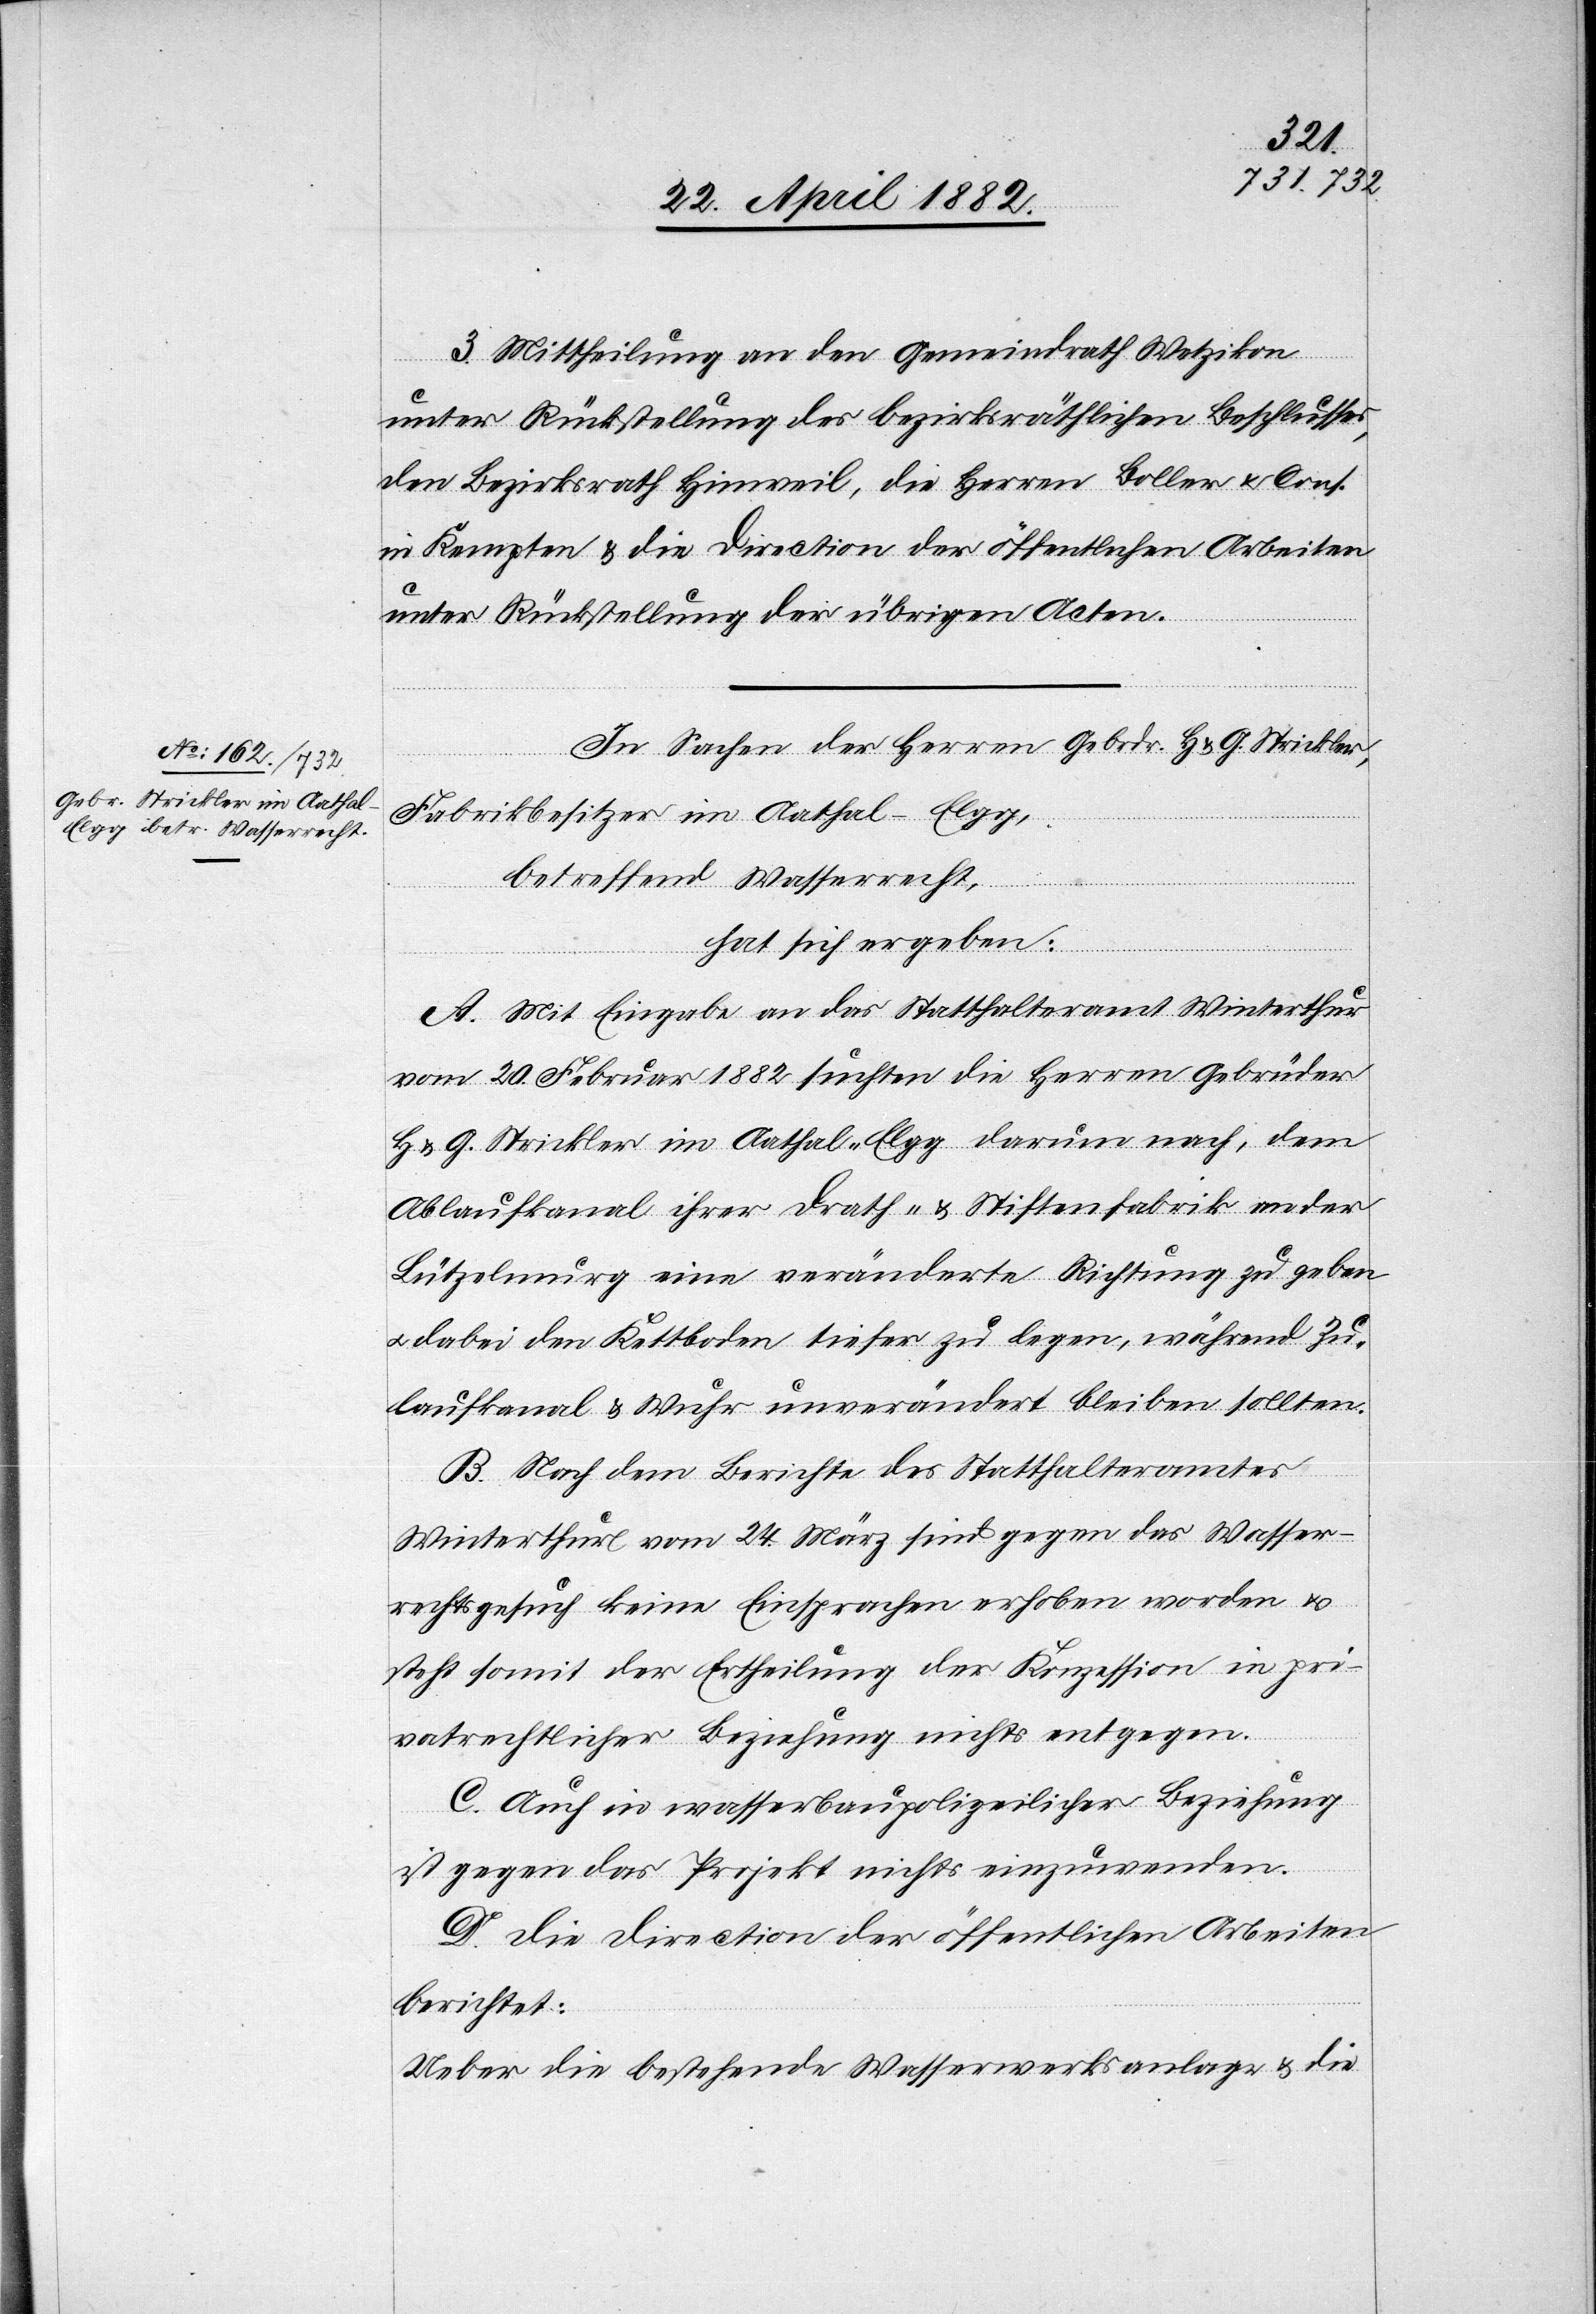
3. Mittheilung an den Gemeindrath Wetzikon
unter Rückstellung des bezirksräthlichen Beschlusses,
den Bezirksrath Hinweil, die Herren Boller & Cons.
in Kempten & die Direction der öffentlichen Arbeiten
unter Rückstellung der übrigen Acten.
*
der